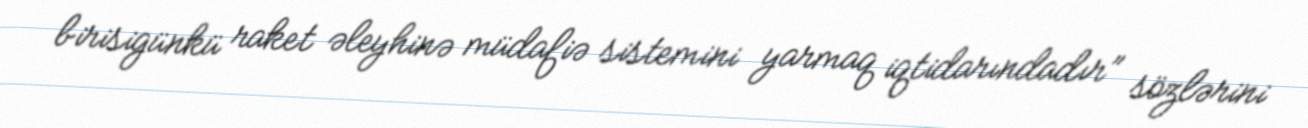
birisigünkü raket əleyhinə müdafiə sistemini yarmaq iqtidarındadır” sözlərini